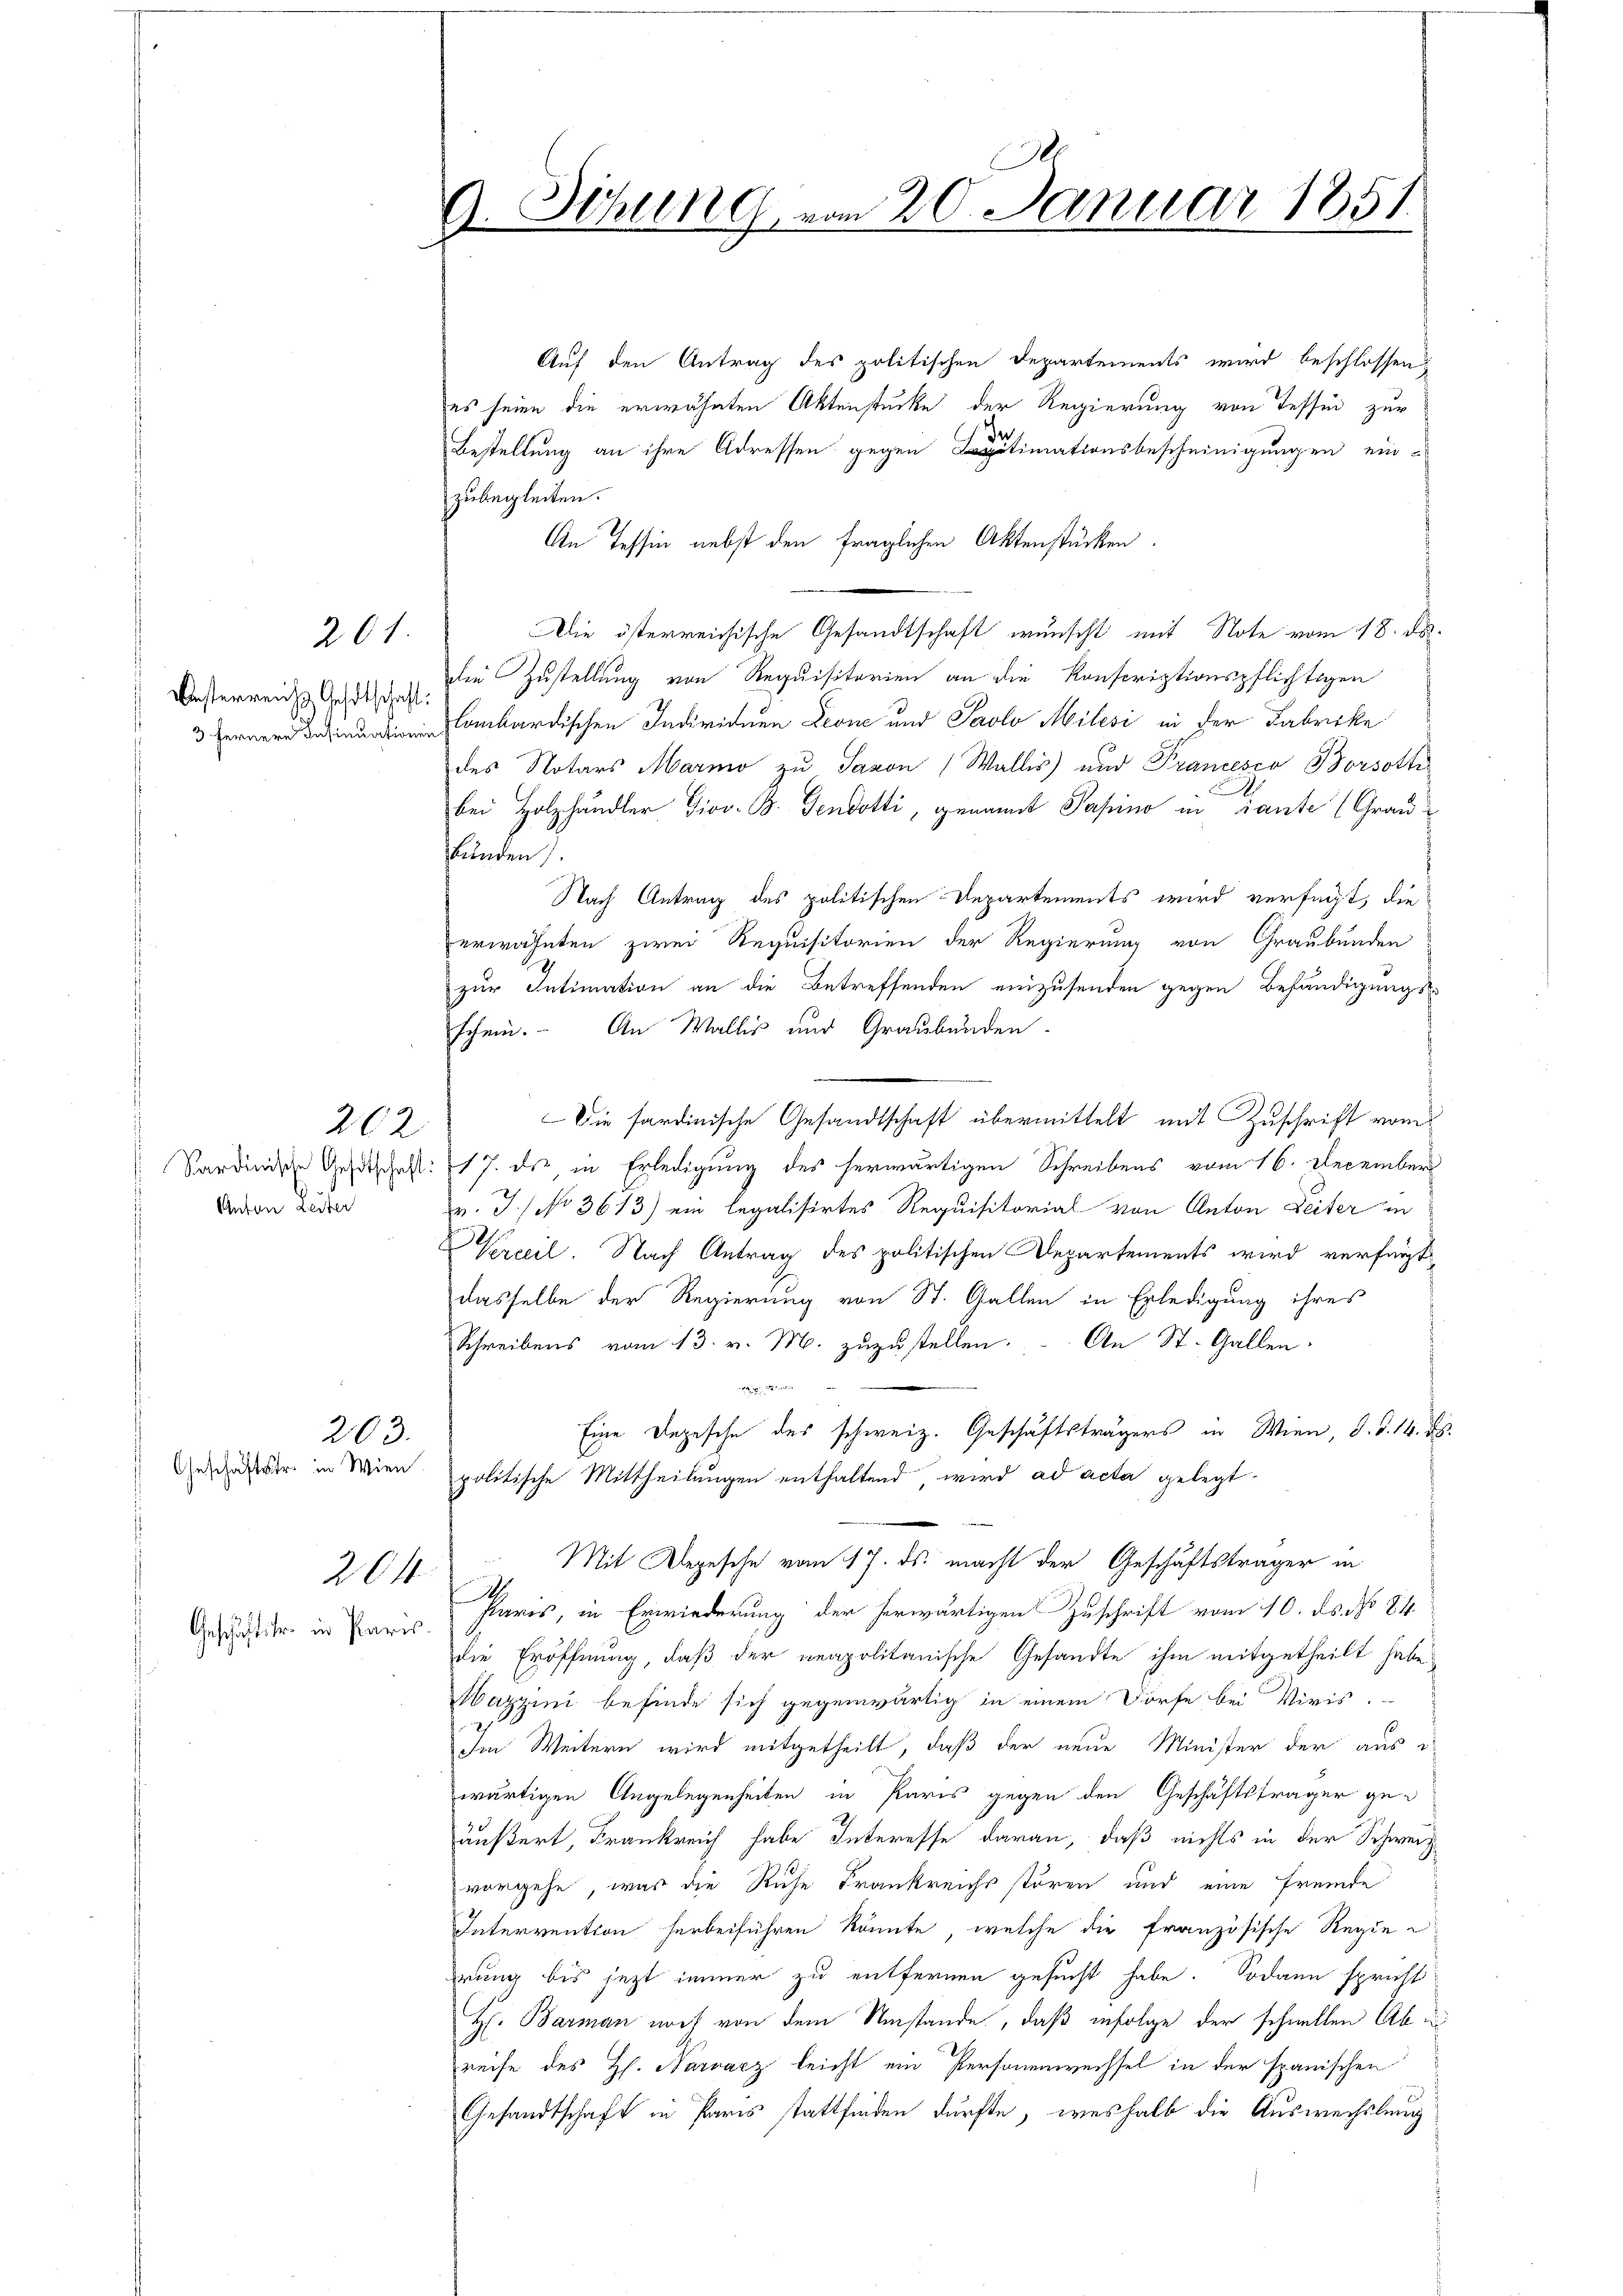
Usterreichs Gehdtschaft:

261

Anton Leiter

262

Geschäftstr. in Wien.
204
Geschäftster in Paris.

203.

9. Sitzung vom 20. Januar 1851

Auf den Antrag des politischen Departements wird beschlossen,
es seine die erwähnten Aktenstücke der Regierung von Tessin zur
In
Bestellung an ihre Adressen gegen gitimationsbescheinigungen ein-
zubegleiten.
An Tessin nebst den fraglichen Aktenstücken.
Die österreichische Gesandtschaft wünscht mit Note vom 18. ds.
die Zustellung von Requisitarien an die Konscriptionspflichtigen
ombardischen Individuen Leone und Paolo Milesi in der Fabrike
des Notars Mario zu Savon Wallis) und Francesca Borsott
.
bei Holzhändler Giov. B. Gendotti, genannt Pasino in sante (Grausbunden
Nach Antrag des politischen Departements wird verfügt, die
erwähnten zwei Requisitorien der Regierung von Graubünden
zur Intimation an die Betreffenden einzusenden gegen Behändigungs-
schein. An Wallis und Graubünden.
Die sardinische Gesandtschaft übermittelt mit Zuschrift vom
Sardinische Gesetschaft: 17. der in Erledigung des herwärtigen Schreibens vom 16. December
v. J.) No 3613) ein legalisirtes Requisitorial von Anton Leiter in
Verceil. Nach Antrag des politischen Departements wird verfügt
dasselbe der Regierung von St. Gallen in Erledigung ihres
Schreibens vom 13. v. M. zuzustellen. An St. Gallen.

Eine Depesche des schweiz. Geschäftsträgers in Wien, d. d. 14. ds.
politische Mittheilungen enthaltend wird ad acta gelegt
Mit Depesche vom 17. ds. macht der Geschäftsträger in
I.
stares, in Erwiederung der herwärtigen Zuschrift vom 10. ds. No 84.
die Eröffnung, daß der neapolitanische Gesandte ihm mitgetheilt habe
Maggini befinde sich gegenwärtig in einem Dorfe bei Vivis.
Im Weitern wird mitgetheilt, daß der neue Minister der aus i
wärtigen Angelegenheiten in Paris gegen den Geschäftsträger ge-
äußert, Frankreich habe Interesse daran, daß nichts in der Schweiz.
vorgehe, was die Ruhe Frankreichs stören und eine fremde
Intervention herbeiführen könnte, welche die französische Regie
erung bis jetzt immer zu entfernen gesucht habe. Sodann spricht
H. Barman noch von dem Umstände, daß infolge der schnellen Abreife des H. Narvacz leicht ein Personenwechsel in der spanischen
Gesandtschaft in Paris stattfinden dürfte, weshalb die Auswechslung